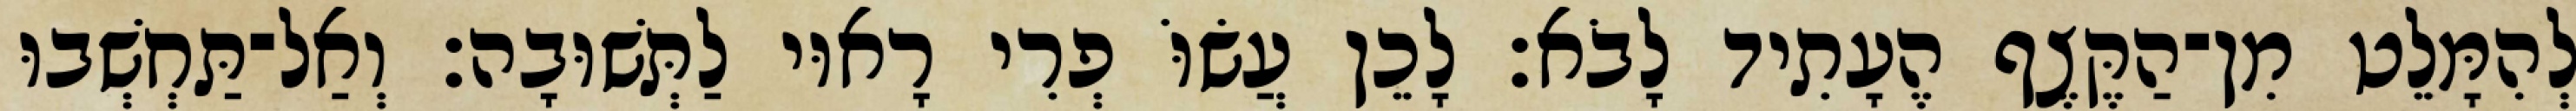
לְהִמָּלֵט מִן־הַקֶּצֶף הֶעָתִיד לָבֹא׃ לָכֵן עֲשׂוֹּ פְרִי רָאוּי לַתְּשׁוּבָה׃ וְאַל־תַּחְשְׁבוּ